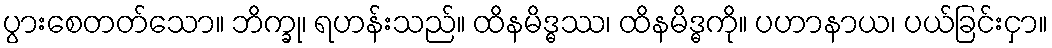
ပွားစေတတ်သော။ ဘိက္ခု၊ ရဟန်းသည်။ ထိနမိဒ္ဓဿ၊ ထိနမိဒ္ဓကို။ ပဟာနာယ၊ ပယ်ခြင်းငှာ။